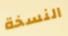
النسخة